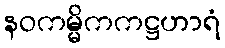
နဝကမ္မိကကဋ္ဌဟာရံ